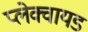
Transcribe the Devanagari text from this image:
प्लेक्वायड